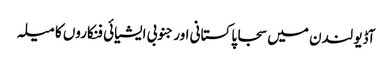
آڈیو لندن میں سجا پاکستانی اور جنوبی ایشیائی فنکاروں کا میلہ